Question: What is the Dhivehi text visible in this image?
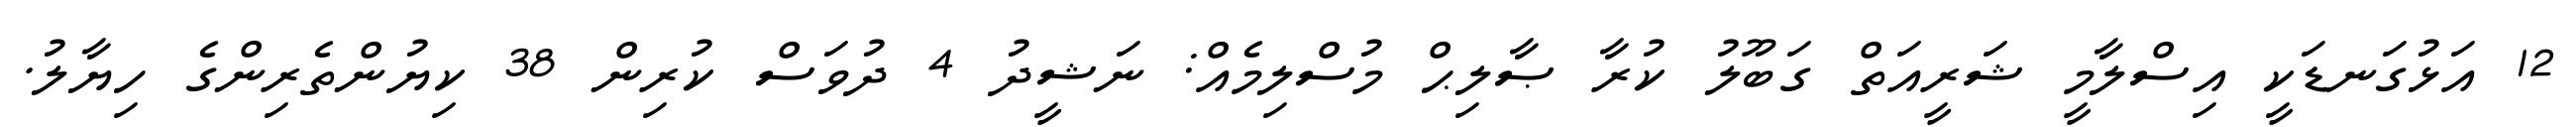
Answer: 12 އަޅުގަނޑަކީ އިސްލާމީ ޝަރީއަތް ގަބޫލު ކުރާ ޞާލިޙް މުސްލިމެއް: ނަޝީދު 4 ދުވަސް ކުރިން 38 ކިޔުންތެރިންގެ ހިޔާލު.